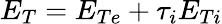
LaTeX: E_{T}=E_{Te}+\tau_{i}E_{Ti}